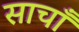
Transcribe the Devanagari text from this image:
साचाँ